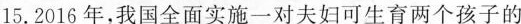
15.2016年，我国全面实施一对夫妇可生育两个孩子的